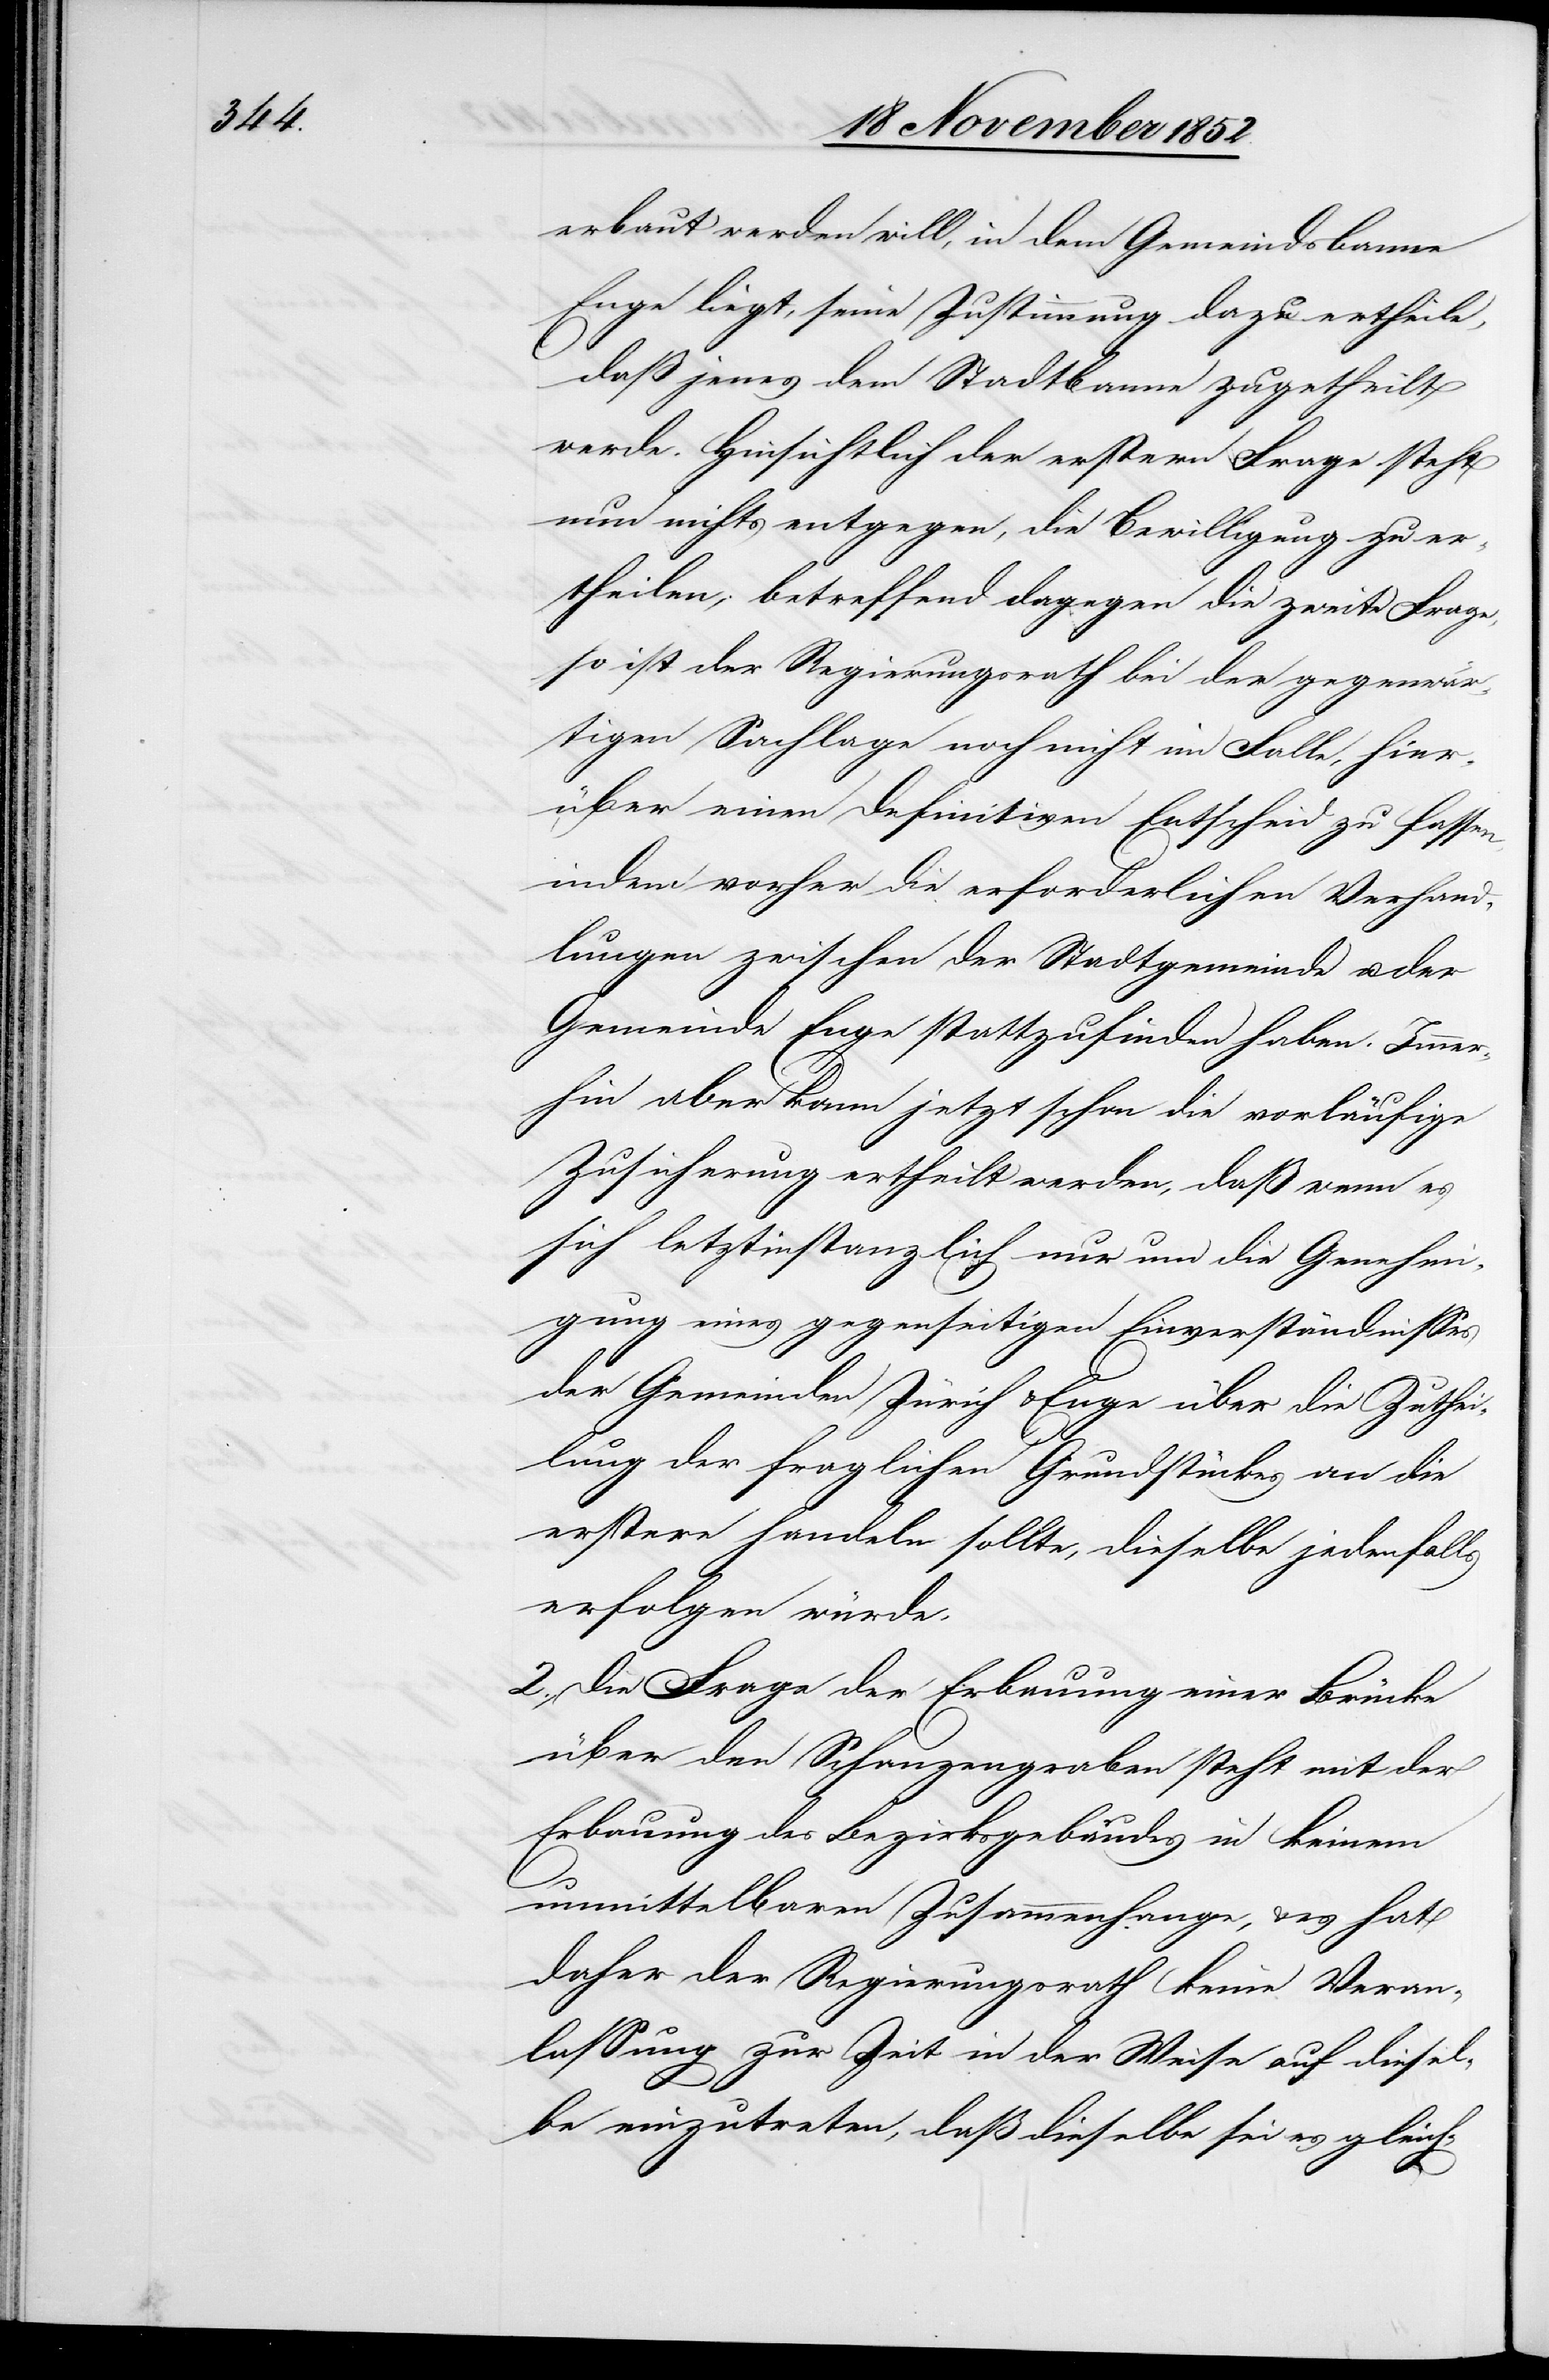
erbaut werden will, in dem Gemeindsbanne
Enge liegt, seine Zustimmung dazu ertheile,
daß jenes dem Stadtbanne zugetheilt
werde. Hinsichtlich der erstern Frage steht
nun nichts entgegen, die Bewilligung zu er¬
theilen; betreffend dagegen die zweite Frage,
so ist der Regierungsrath bei der gegenwär¬
tigen Sachlage noch nicht im Falle, hier¬
über einen definitiven Entscheid zu fassen,
indem vorher die erforderlichen Verhand¬
lungen zwischen der Stadtgemeinde u. der
Gemeinde Enge stattzufinden haben. Immer¬
hin aber kann jetzt schon die vorläufige
Zusicherung ertheilt werden, daß wenn es
sich letztinstanzlich nur um die Genehmi¬
gung eines gegenseitigen Einverständnisses
der Gemeinden Zürich & Enge über die Zuthei¬
lung der [sic!] fraglichen Grundstückes an die
erstere handeln sollte, dieselbe jedenfalls
erfolgen würde.
2., Die Frage der Erbauung einer Brücke
über den Schanzengraben steht mit der
Erbauung des Bezirksgebäudes in keinem
unmittelbaren Zusammenhange, & es hat
daher der Regierungsrath keine Veran¬
lassung zur Zeit in der Weise auf diesel¬
be einzutreten, daß dieselbe sei es gleich-